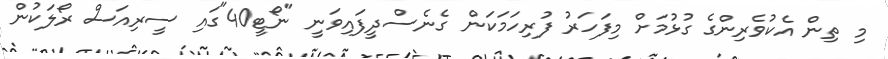
މި ތިން އެކުވެރިންގެ ގުޅުމަށް މިފަހަރު ފުރިހަމަކަން ގެނެސްދީފައިވަނީ "ނޯޓީ40"ގައި ސީރިއަސް ރޯލަކުން